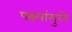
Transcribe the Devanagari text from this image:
पक्ष्यांमुळे